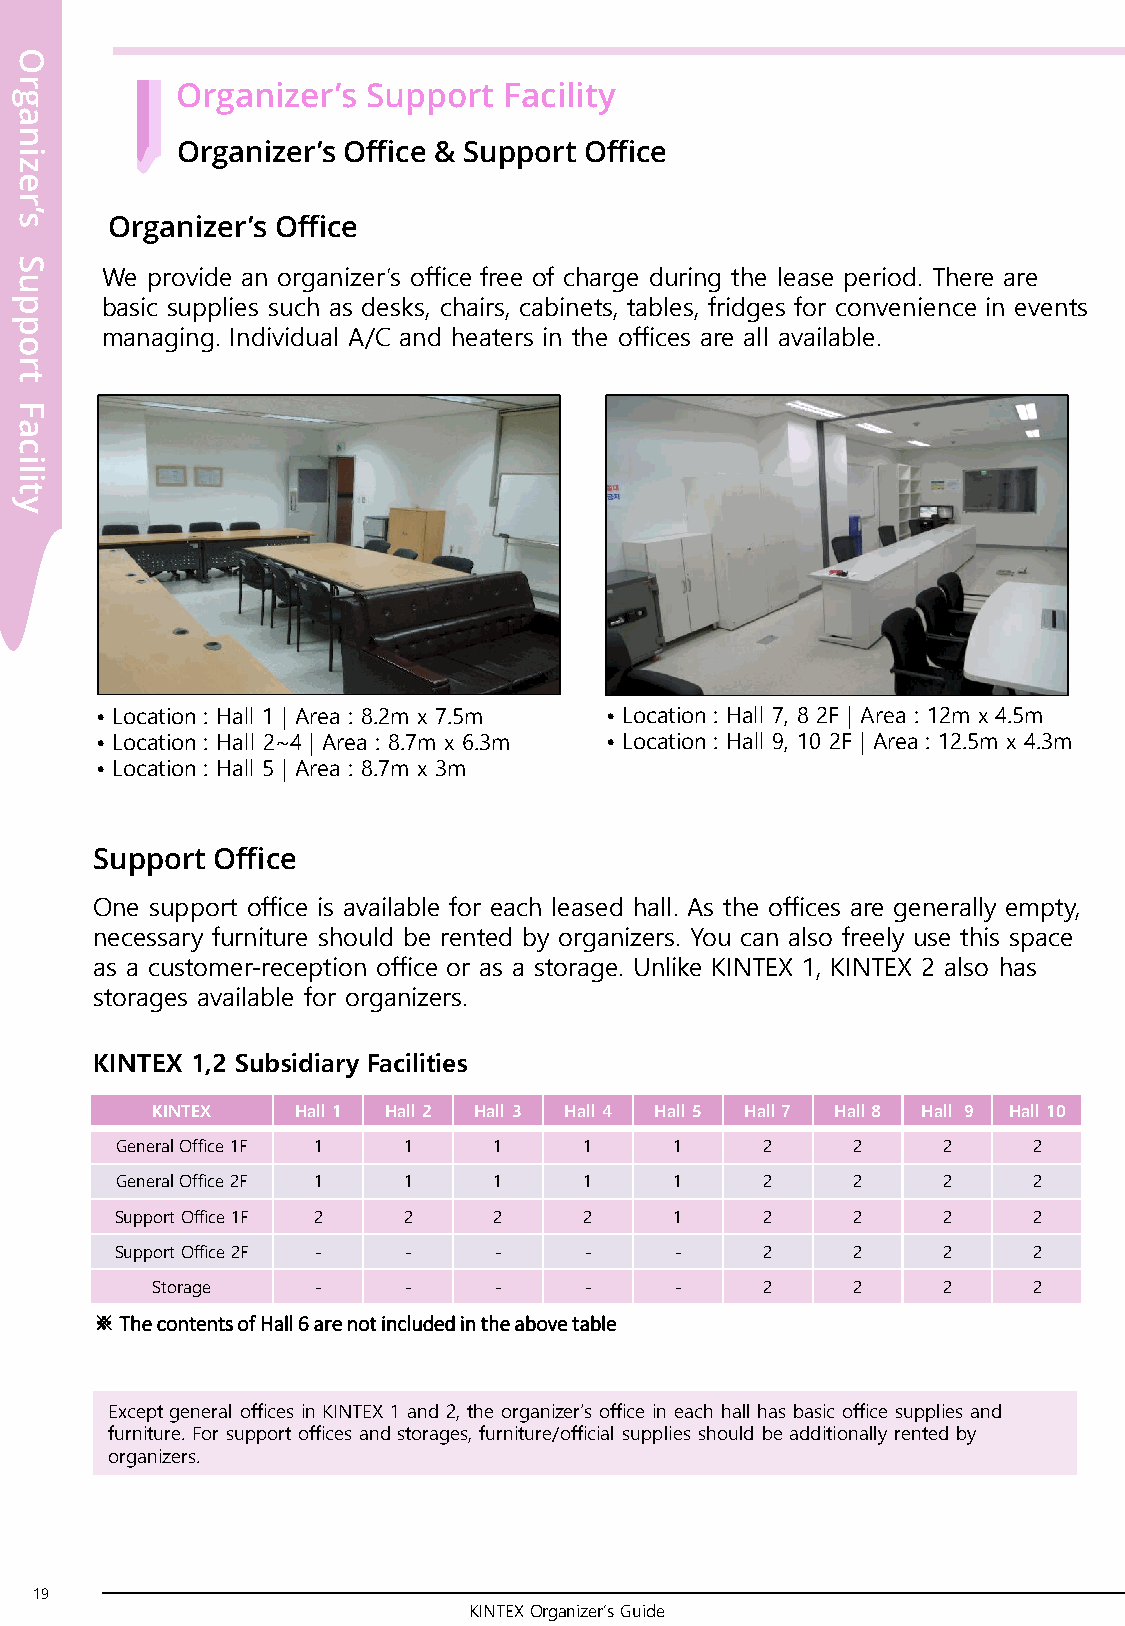
O
 r
 Organizer’s Support  Facility
 g
 a
 n
 Organizer’s Office & Support Office
 i
 z
 e
 r
 s’
 Organizer’s Office
 S
 We provide an organizer’s office free of charge during the lease period. There are
 u
 p     basic supplies such as desks, chairs, cabinets, tables, fridges for convenience in events
 p
 managing. Individual A/C and heaters in the offices are all available.
 o
 r
 t
 F
 a
 c
 i
 l
 i
 t
 y
 • Location : Hall 1 | Area : 8.2m x 7.5m • Location : Hall 7, 8 2F | Area : 12m x 4.5m
 • Location : Hall 2~4 | Area : 8.7m x 6.3m • Location : Hall 9, 10 2F | Area : 12.5m x 4.3m
 • Location : Hall 5 | Area : 8.7m x 3m
 Support Office
 One support office is available for each leased hall. As the offices are generally empty,
 necessary furniture should be rented by organizers. You can also freely use this space
 as a customer-reception office or as a storage. Unlike KINTEX 1, KINTEX 2 also has
 storages available for organizers.
 KINTEX 1,2 Subsidiary Facilities
 KINTEX    Hall 1 Hall 2 Hall 3 Hall 4 Hall 5 Hall 7 Hall 8 Hall 9 Hall 10
 General Office 1F 1 1    1     1     1     2    2     2     2
 General Office 2F 1 1    1     1     1     2    2     2     2
 Support Office 1F 2 2    2     2     1     2    2     2     2
 Support Office 2F - -    -     -     -     2    2     2     2
 Storage    -     -     -     -     -     2    2     2     2
 ※ The contents of Hall 6 are not included in the above table
 Except general offices in KINTEX 1 and 2, the organizer’s office in each hall has basic office supplies and
 furniture. For support offices and storages, furniture/official supplies should be additionally rented by
 organizers.
 19
 KINTEX Organizer’s Guide